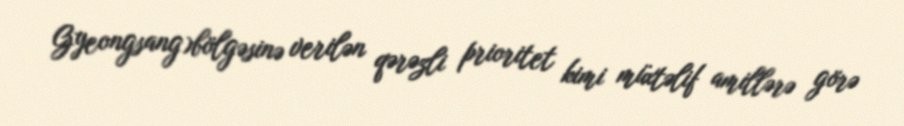
Gyeongsang)bölgəsinə verilən qərəzli prioritet kimi müxtəlif amillərə görə